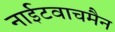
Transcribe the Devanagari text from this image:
नाईटवाचमैन